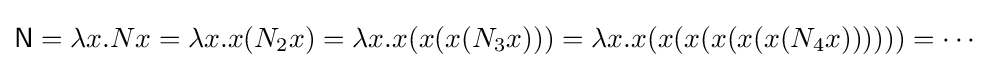
{\mathsf {N}}=\lambda x.Nx=\lambda x.x(N_{2}x)=\lambda x.x(x(x(N_{3}x)))=\lambda x.x(x(x(x(x(x(N_{4}x))))))=\cdots